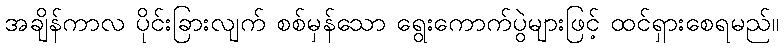
အချိန်ကာလ ပိုင်းခြားလျက် စစ်မှန်သော ရွေးကောက်ပွဲများဖြင့် ထင်ရှားစေရမည်။